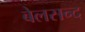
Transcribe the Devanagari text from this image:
बेलसन्द